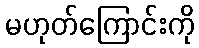
မဟုတ်ကြောင်းကို